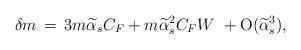
LaTeX: \begin{align*}\delta m \,=\, 3m\widetilde\alpha_s C_F + m\widetilde\alpha_s^2 C_F W\ + {\rm O}(\widetilde\alpha_s^3), \end{align*}